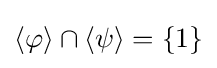
\langle \varphi \rangle \cap \langle \psi \rangle =\{1\}